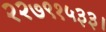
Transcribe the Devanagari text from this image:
२२७९१५३३।